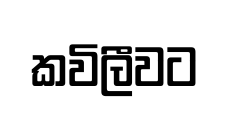
කවිලීවට